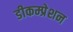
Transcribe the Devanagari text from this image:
डीकम्प्रेशन